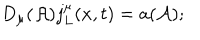
D _ { \mu } ( { \cal A } ) j _ { L } ^ { \mu } ( x , t ) = a ( { \cal A } ) ;